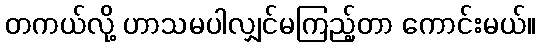
တကယ်လို့ ဟာသမပါလျှင်မကြည့်တာ ကောင်းမယ်။